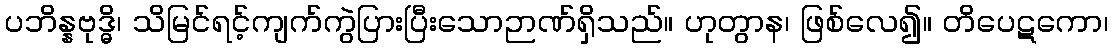
ပဘိန္နဗုဒ္ဓိ၊ သိမြင်ရင့်ကျက်ကွဲပြားပြီးသောဉာဏ်ရှိသည်။ ဟုတွာန၊ ဖြစ်လေ၍။ တိပေဋကော၊